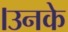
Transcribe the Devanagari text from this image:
।उनके